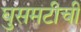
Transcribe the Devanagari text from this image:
घुसमटीची